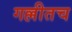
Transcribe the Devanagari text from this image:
गल्लीतच